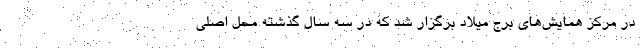
در مرکز همایش‌های برج میلاد برگزار شد که در سه سال گذشته محل اصلی